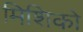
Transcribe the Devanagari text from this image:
मिशिको